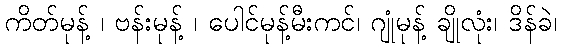
ကိတ်မုန့် ၊ ဗန်းမုန့် ၊ ပေါင်မုန့်မီးကင်၊ ဂျုံမုန့် ချိုလုံး၊ ဒိန်ခဲ၊